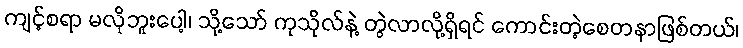
ကျင့်စရာ မလိုဘူးပေါ့၊ သို့သော် ကုသိုလ်နဲ့ တွဲလာလို့ရှိရင် ကောင်းတဲ့စေတနာဖြစ်တယ်၊